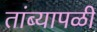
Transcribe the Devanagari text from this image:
तांब्यापळी